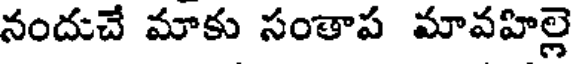
నందుచే మాకు సంతాప మావహిల్లె